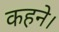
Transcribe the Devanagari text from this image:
कहने।